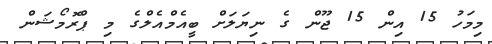
މިމަހު 15 އިން 15 ޖޫން ގެ ނިޔަލަށް ބީއެމްއެލްގެ މި ޕްރޮމޯޝަން